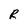
Character: R